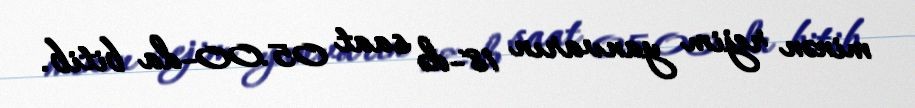
minən rejim yanvarın 18-də saat 05.00-da bitib.